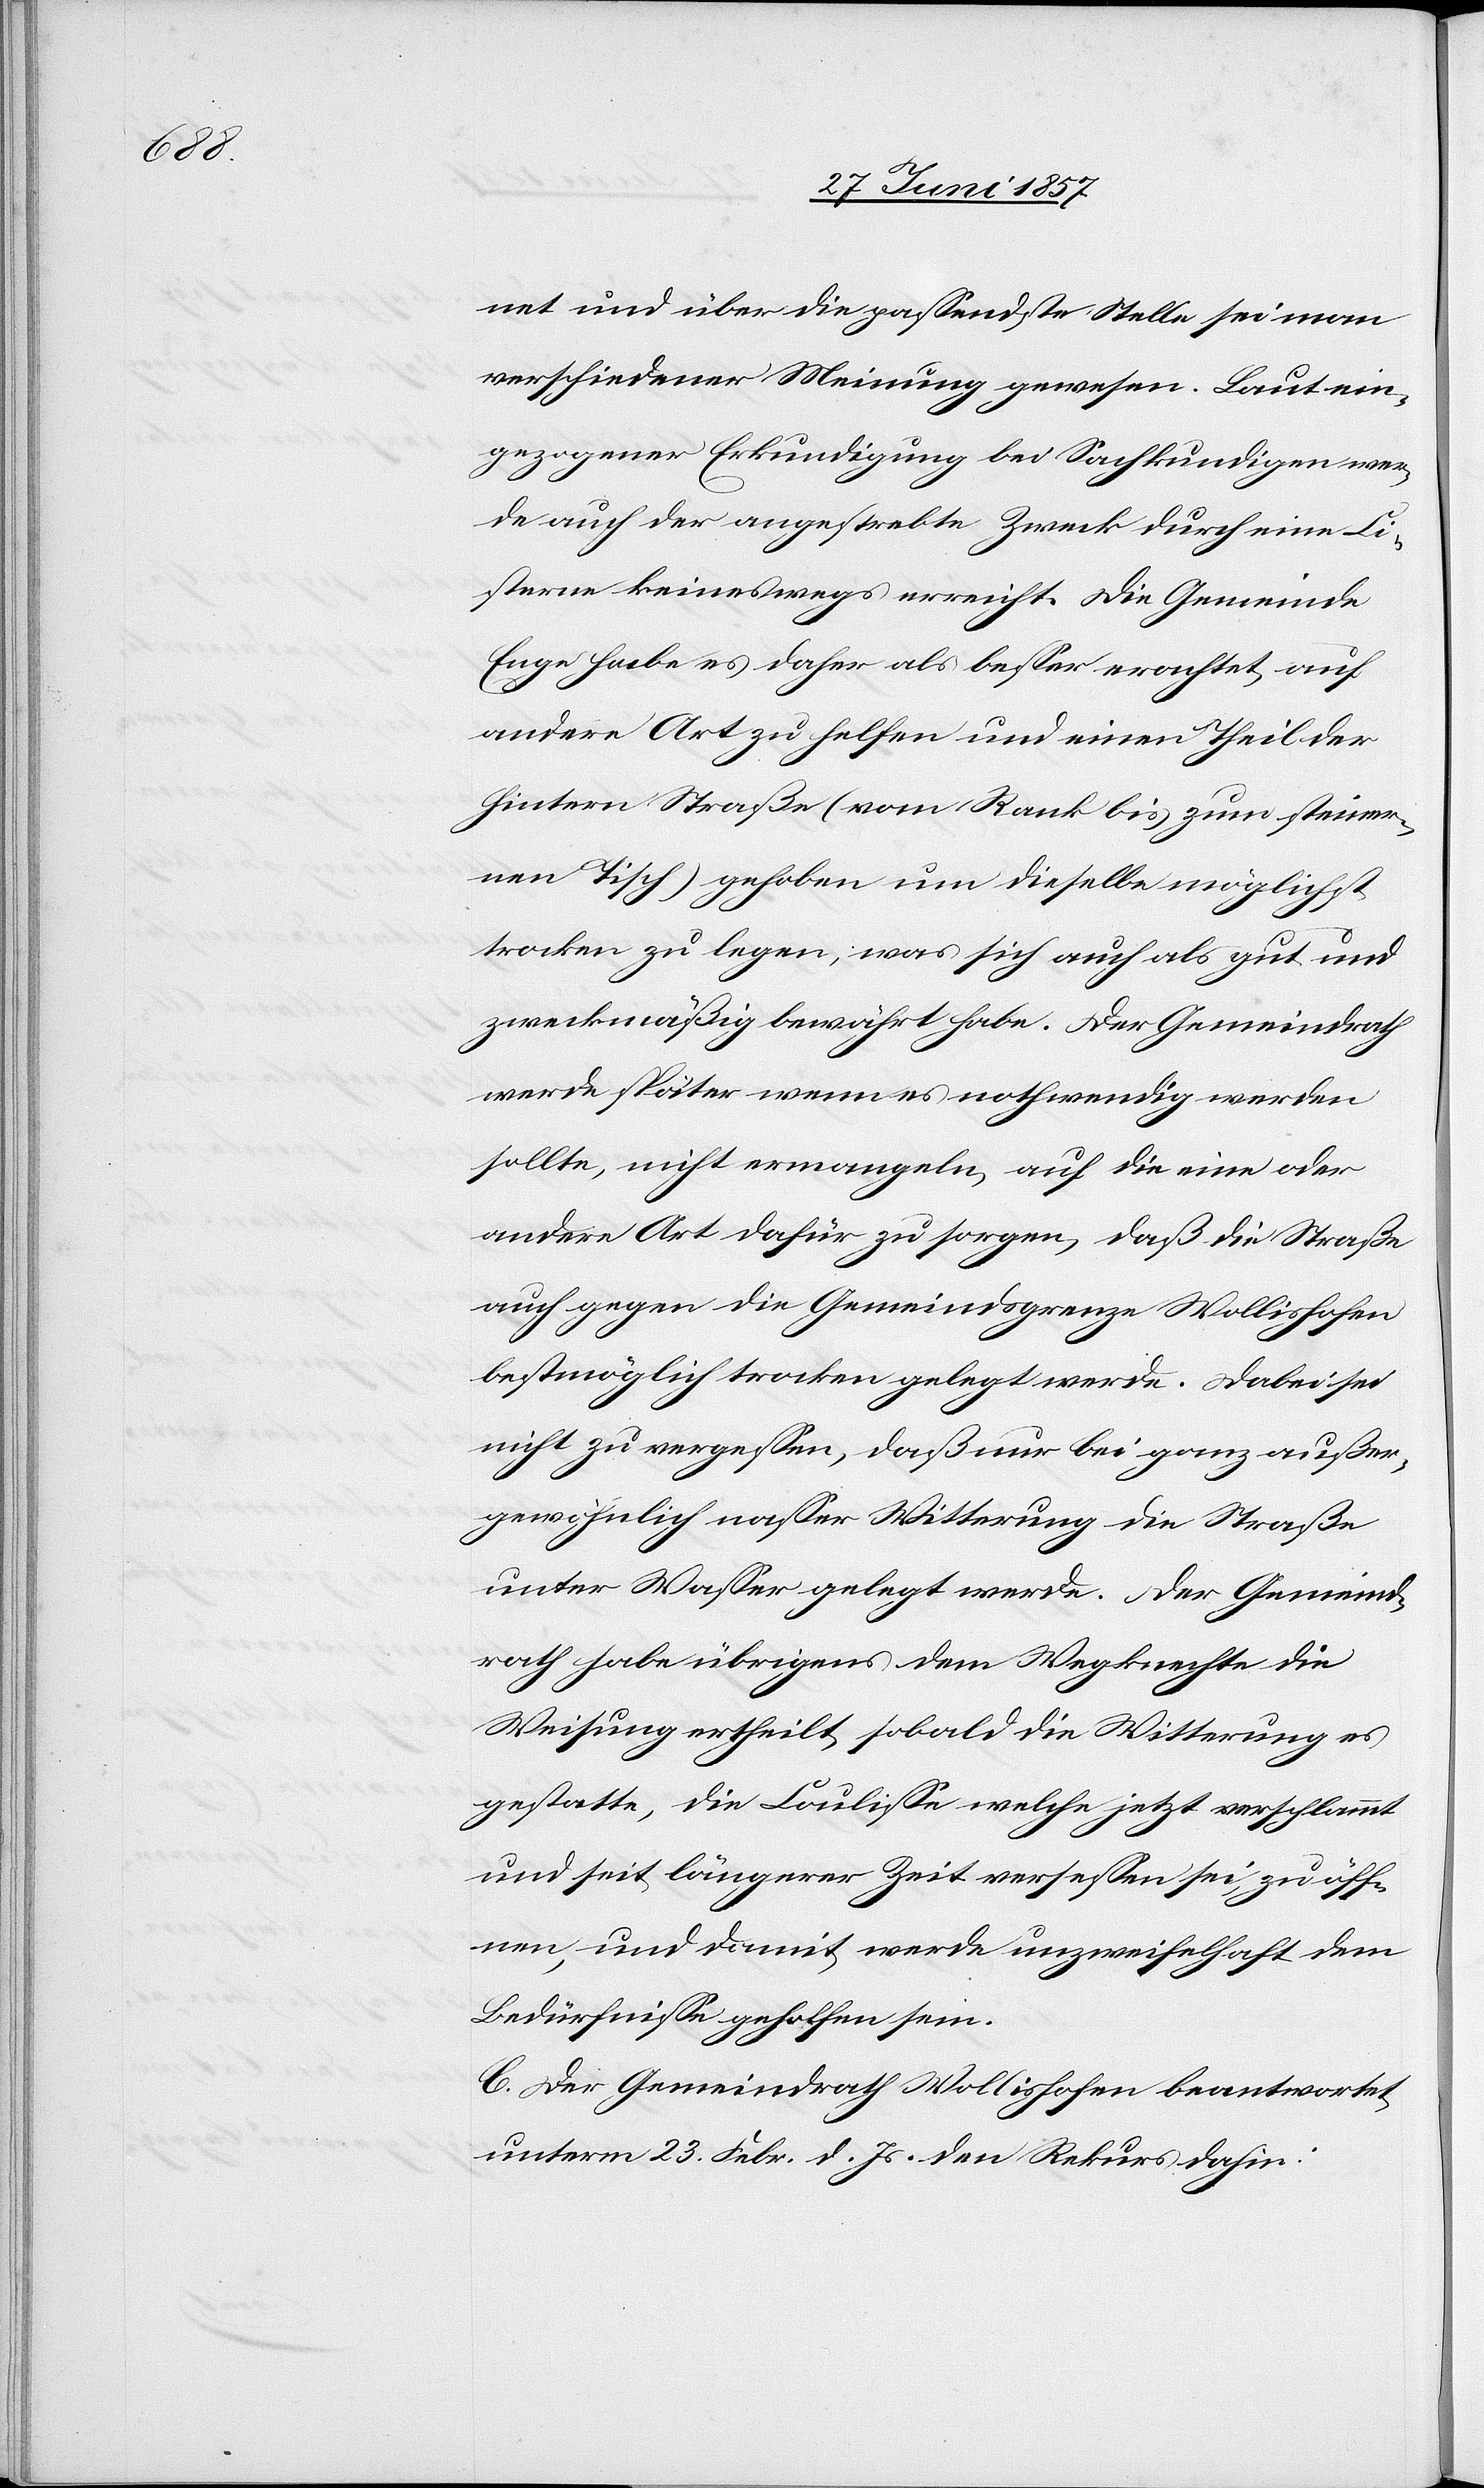
net und über die passendste Stelle sei man
verschiedener Meinung gewesen. Laut ein¬
gezogener Erkundigung bei Sachkundigen wer¬
de auch der angestrebte Zweck durch eine Ci¬
sterne keineswegs erreicht. Die Gemeinde
Enge habe es daher als besser erachtet auf
andere Art zu helfen und einen Theil der
hintern Straße (vom Rank bis zum steiner¬
nen Tisch) gehoben um dieselbe möglichst
trocken zu legen; was sich auch als gut und
zweckmäßig bewährt habe. Der Gemeindrath
werde später wenn es nothwendig werden
sollte, nicht ermangeln, auf die eine oder
andere Art dafür zu sorgen, daß die Straße
auch gegen die Gemeindsgrenze Wollishofen
bestmöglich trocken gelegt werde. Dabei sei
nicht zu vergessen, daß nur bei ganz außer¬
gewöhnlich nasser Witterung die Straße
unter Wasser gelegt werde. Der Gemeind¬
rath habe übrigens dem Wegknechte die
Weisung ertheilt, sobald die Witterung es
gestatte, die Coulisse welche jetzt verschlammt
und seit längerer Zeit versessen sei, zu öff¬
nen, und damit werde unzweifelhaft dem
Bedürfnisse geholfen sein.
C. Der Gemeindrath Wollishofen beantwortet
unterm 23 Febr. d. Js. den Rekurs dahin: